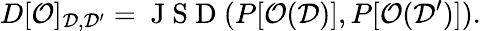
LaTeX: D[\mathcal{O}]_{\mathcal{D},\mathcal{D^{\prime}}}=\mathrm{~J~S~D~}(P[\mathcal{O}(\mathcal{D})],P[\mathcal{O}(\mathcal{D^{\prime}})]).